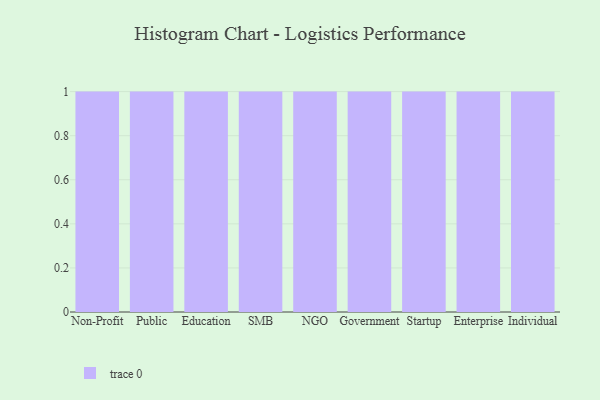
{"axis": {"x": "Segment", "y": "Churn Rate (%)"}, "legend": [""], "data": [{"x": "Non-Profit", "y": 52, "type": ""}, {"x": "Public", "y": 84, "type": ""}, {"x": "Education", "y": 42, "type": ""}, {"x": "SMB", "y": 88, "type": ""}, {"x": "NGO", "y": 18, "type": ""}, {"x": "Government", "y": 40, "type": ""}, {"x": "Startup", "y": 52, "type": ""}, {"x": "Enterprise", "y": 59, "type": ""}, {"x": "Individual", "y": 26, "type": ""}]}